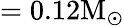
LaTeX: =0.12\mathrm{M_{\odot}}